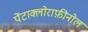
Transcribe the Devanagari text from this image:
पेंटाक्लोराफ़ीनोल